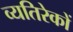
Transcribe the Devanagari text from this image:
व्यतिरेकों